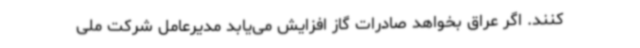
کنند. اگر عراق بخواهد صادرات گاز افزایش می‌یابد مدیرعامل شرکت ملی